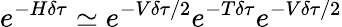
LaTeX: e^{-H\delta\tau}\simeq e^{-V\delta\tau/2}e^{-T\delta\tau}e^{-V\delta\tau/2}